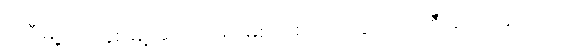
အဲဒီမြို့လေးနှစ်မြို့အလယ်မှာ မြစ်တစင်းကသွယ်ဝိုက်စီးဆင်းနေတယ်။